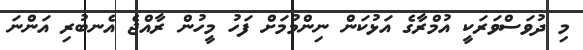
މި ދުވަސްވަރަކީ އުމްރާގެ އަޅުކަން ނިންމުމަށް ފަހު މީހުން ރާއްޖެ އެނބުރި އަންނަ